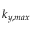
k _ { y , m a x }